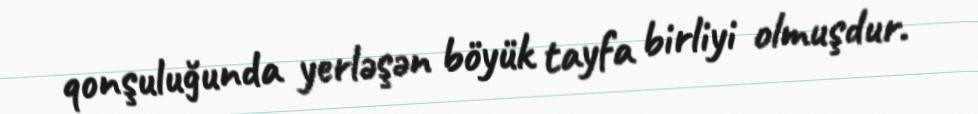
qonşuluğunda yerləşən böyük tayfa birliyi olmuşdur.